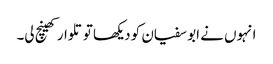
انہوں نے ابو سفیان کو دیکھا تو تلوار کھینچ لی۔